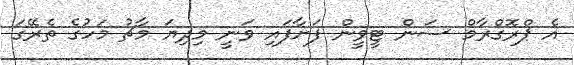
އެ ޕްރޮގްރާމް ސަން ޓީވީން ފަށާފައި ވަނީ މިދިޔަ މާޗު މަހުގެ ތެރޭގަ